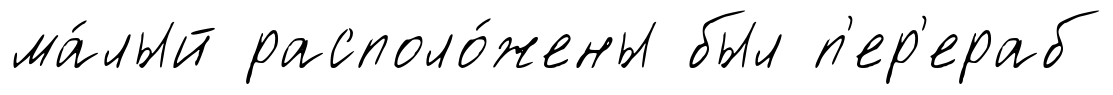
ма́лый располо́жены был п'ер'ераб